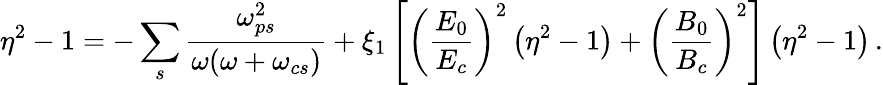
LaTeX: \eta^{2}-1=-\sum_{s}\frac{\omega_{ps}^{2}}{\omega(\omega+\omega_{cs})}+\xi_{1}\left[\left(\frac{E_{0}}{E_{c}}\right)^{2}\left(\eta^{2}-1\right)+\left(\frac{B_{0}}{B_{c}}\right)^{2}\right]\left(\eta^{2}-1\right)\, .